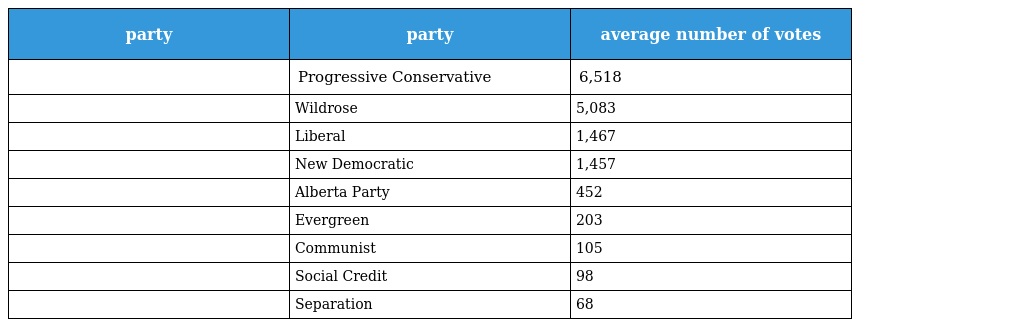
| party | party | average number of votes |
 | --- | --- | --- |
 |  | Progressive Conservative | 6,518 |
 |  | Wildrose | 5,083 |
 |  | Liberal | 1,467 |
 |  | New Democratic | 1,457 |
 |  | Alberta Party | 452 |
 |  | Evergreen | 203 |
 |  | Communist | 105 |
 |  | Social Credit | 98 |
 |  | Separation | 68 |